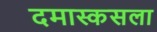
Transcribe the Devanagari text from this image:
दमास्कसला